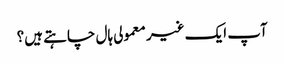
آپ ایک غیر معمولی ہال چاہتے ہیں؟